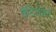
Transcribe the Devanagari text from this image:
वैंटिलेशन